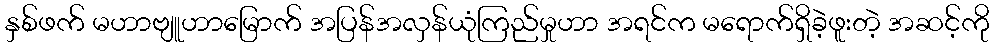
နှစ်ဖက် မဟာဗျူဟာမြောက် အပြန်အလှန်ယုံကြည်မှုဟာ အရင်က မရောက်ရှိခဲ့ဖူးတဲ့ အဆင့်ကို